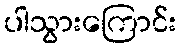
ပါသွားကြောင်း